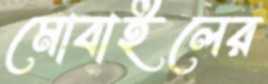
মোবাইলের